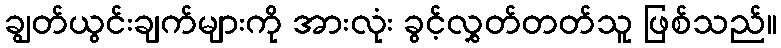
ချွတ်ယွင်းချက်များကို အားလုံး ခွင့်လွှတ်တတ်သူ ဖြစ်သည်။